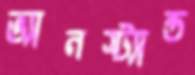
ভ্যানস্ট্যান্ড